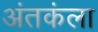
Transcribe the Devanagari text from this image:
अंतकंला